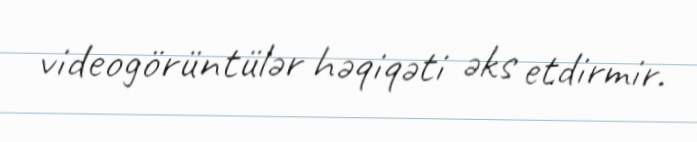
videogörüntülər həqiqəti əks etdirmir.